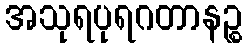
အသုရပုရဂတာနဉ္စ